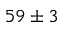
5 9 \pm 3